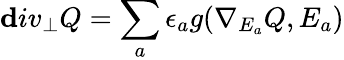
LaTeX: {\mathbf div_{\perp}}Q=\sum_{a}\epsilon_{a}g(\nabla_{E_{a}}Q,E_{a})